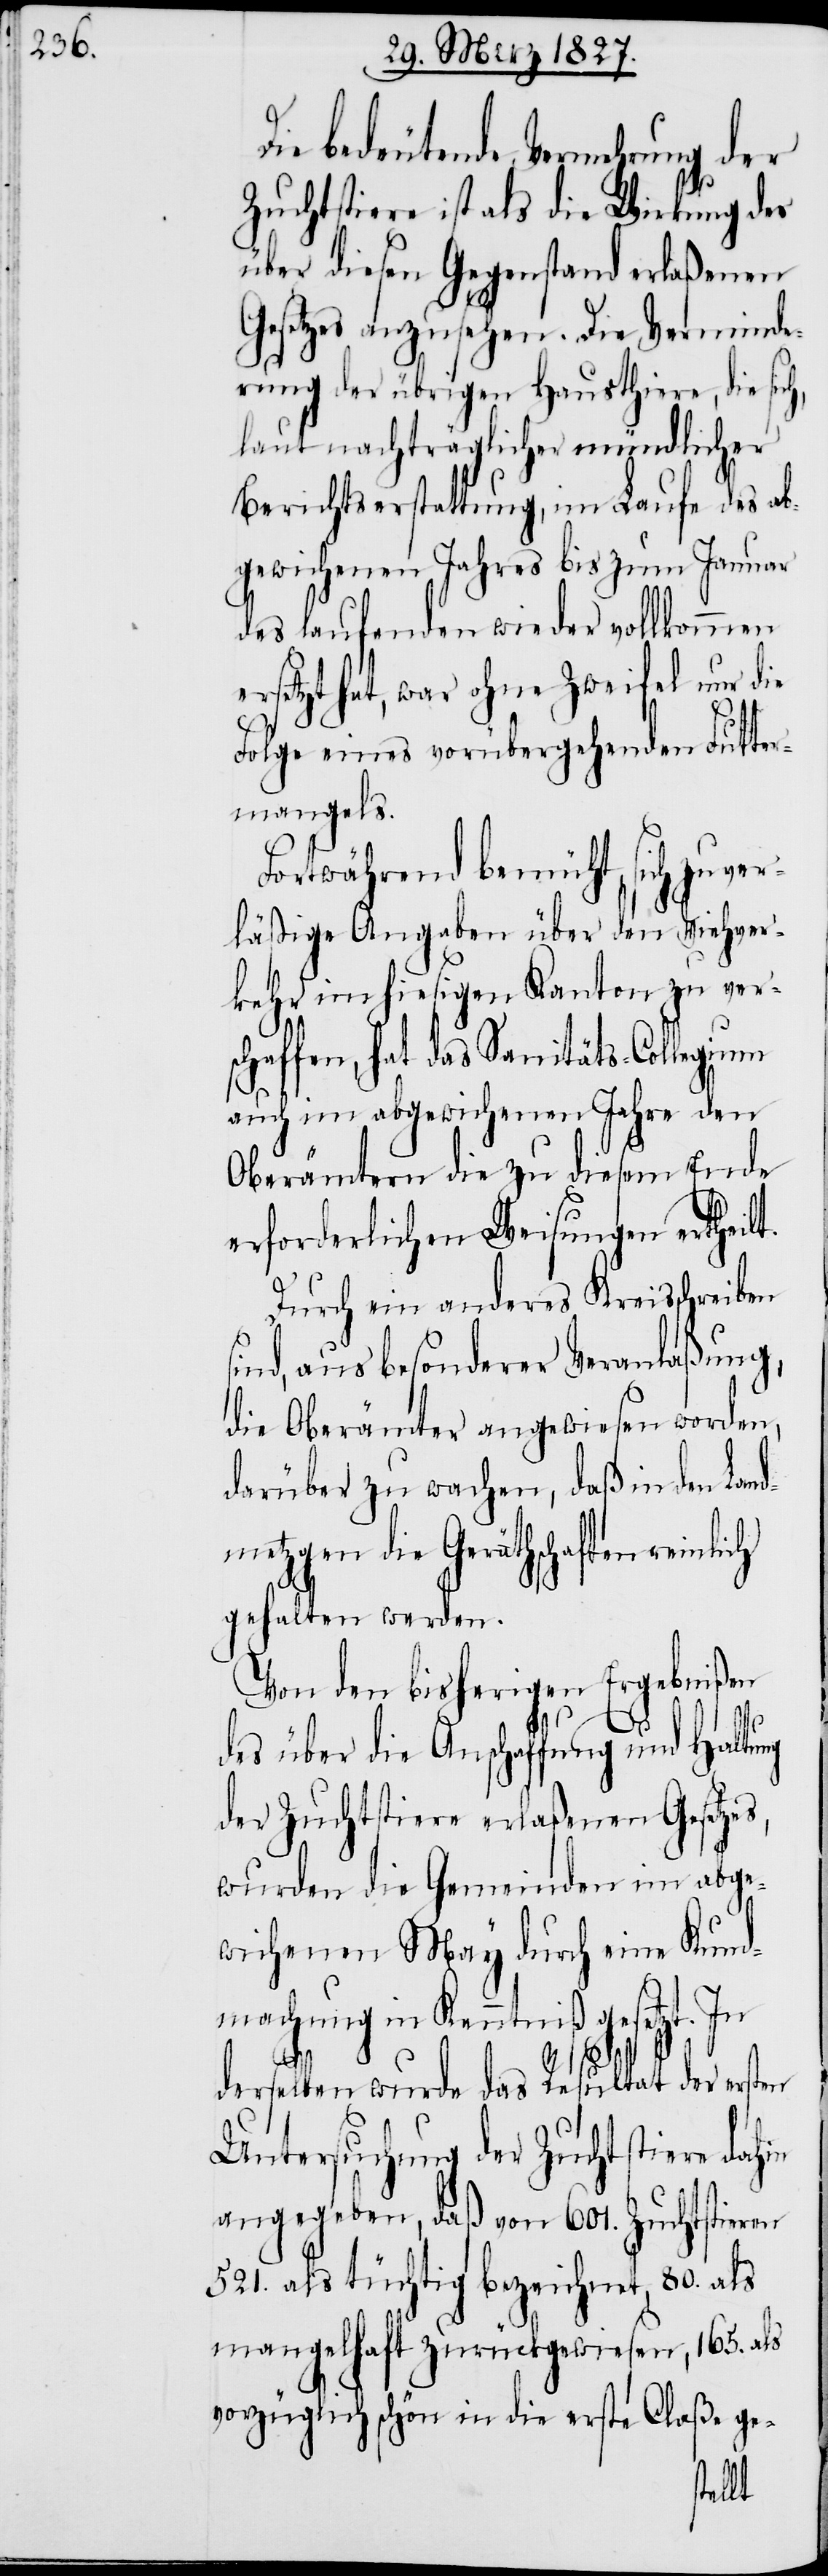
Die bedeutende Vermehrung der
Zuchtstiere ist als die Wirkung des
über diesen Gegenstand erlaßenen
Gesetzes anzusehen. Die Verminde¬
rung der übrigen Hausthiere, die sic¬
laut nachträglicher mündlicher
Berichtserstattung, im Laufe des ab¬
gewichenen Jahres bis zum Januar
des laufenden wieder vollkommen
ersetzt hat, war ohne Zweifel nur die
Folge eines vorübergehenden Futter¬
mangels.
Fortwährend bemüht, sich zuver¬
läßige Angaben über den Viehver¬
kehr im hiesigen Kanton zu vers¬
chaffen, hat das Sanitäts-Collegium
auch im abgewichenen Jahre den
Oberämtern die zu diesem Ende
erforderlichen Weisungen ertheilt.
Durch ein anderes Kreisschreiben
sind, aus besonderer Veranlaßung,
die Oberämter angewiesen worden,
darüber zu wachen, daß in den Land¬
metzgen die Geräthschaften rein¬
gehalten werden.
Von den bisherigen Ergebnißen
lich
des über die Anschaffung und Haltung
der Zuchtstiere erlaßenen Gesetzes,
wurden die Gemeinden im abge¬
wichenen May durch eine Kund¬
machung in Kenntniß gesetzt. In
h,
derselben wurde das Resultat der ersten
Untersuchung der Zuchtstiere dahin
angegeben, daß von 601. Zuchtstieren
521. als tüchtig bezeichnet, 80. als
mangelhaft zurückgewiesen, 165. als
vorzüglich schön in die erste Claße ge-